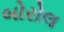
બોરોલ